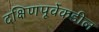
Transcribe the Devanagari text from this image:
दक्षिणपूर्वेकडील